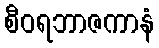
စီဝရဘာဇကာနံ